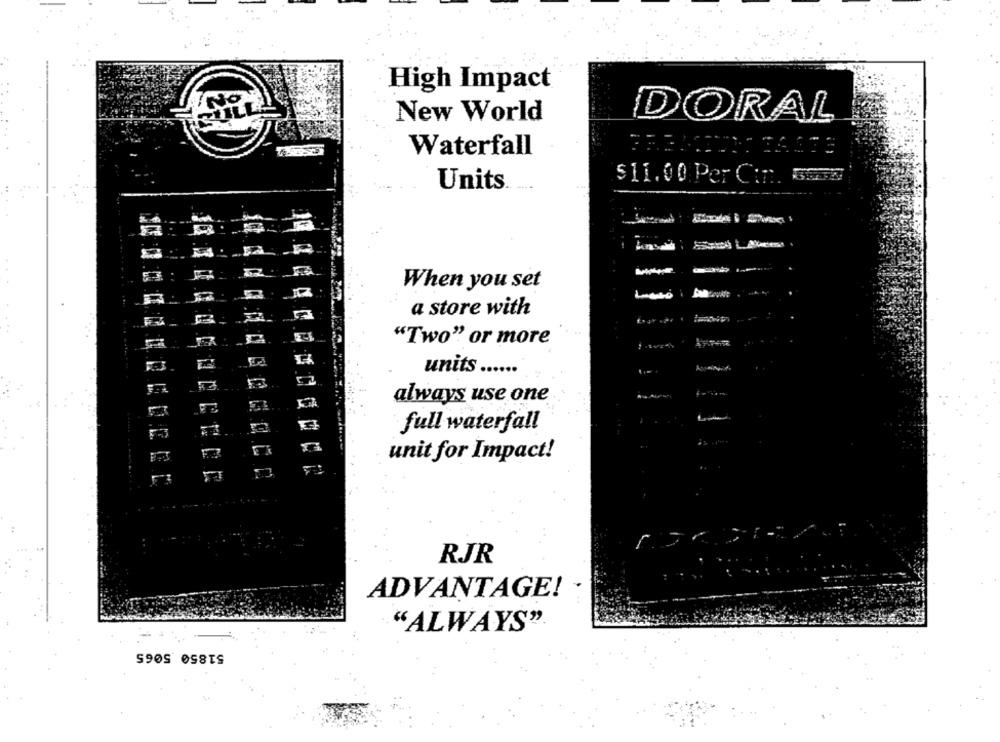
High Impact
New World
DORAL
Waterfall
$11.00 Per Cin. 5338
Units
When you set
a store with
"Two" or more
units ......
always use one
full waterfall
unit for Impact!
RJR
ADVANTAGE!
"ALWAYS"
51850 5065